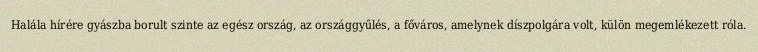
Halála hírére gyászba borult szinte az egész ország, az országgyűlés, a főváros, amelynek díszpolgára volt, külön megemlékezett róla.